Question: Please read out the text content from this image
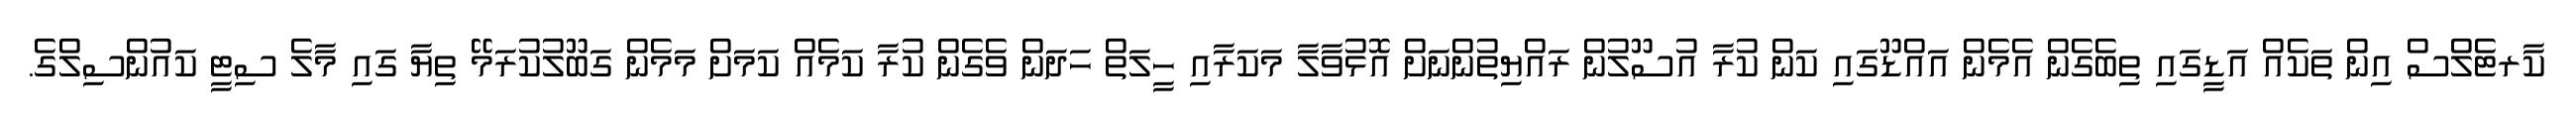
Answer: ކާރޓެލްސް އިން ތަކެއް އަޑީގައި ތިބެގެން އެމެން އައްޑޫގައި ކަން ކުރާ އުސޫލުން ރައްޔިތުންނަށް އޮޅުވާލާ މަކަރާއި ހީލަތް ހަދަން ވެގެން ކުރާ ކަމެއް ކަމަށް މަމެން ގަބޫލުކުރަމޭ ތިޔާ ގައި މާލެ ސިޓީ ކައުންސިލްގެ.